65_HS1-834228961_62-HQ-83894_Section_1
Agency: FBI
Page 22
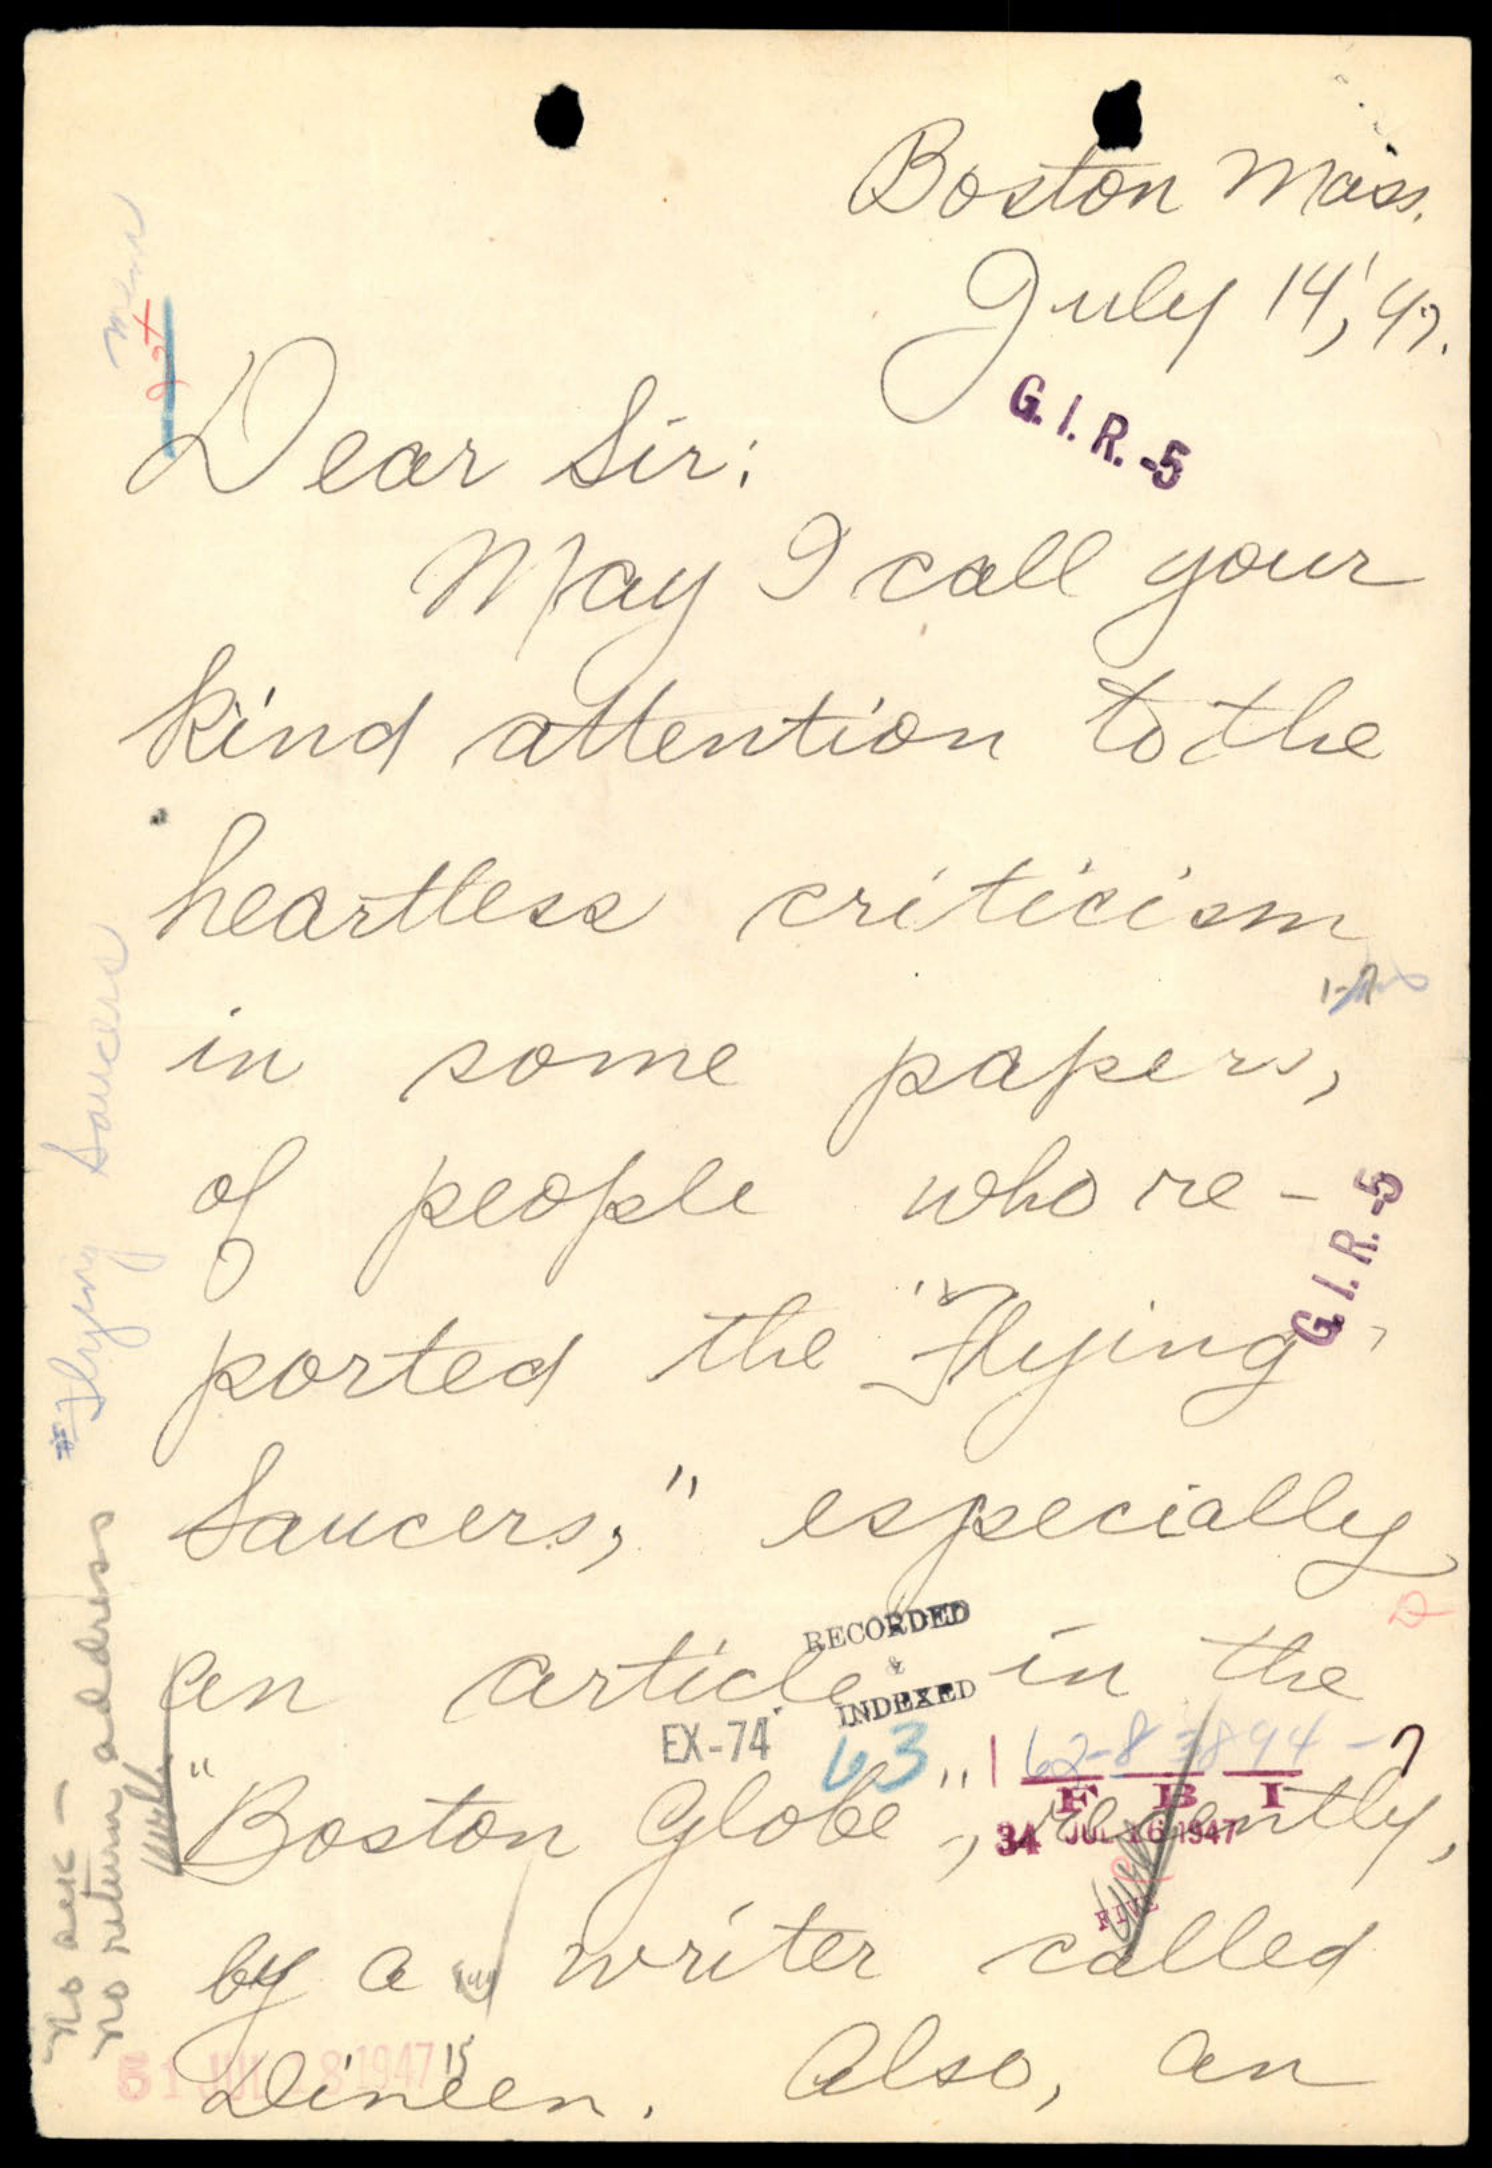